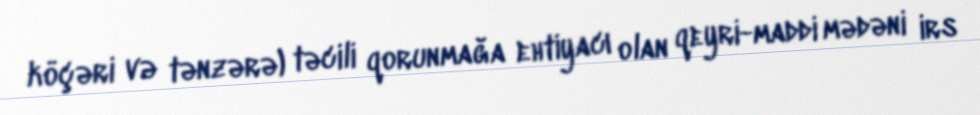
köçəri və tənzərə) təcili qorunmağa ehtiyacı olan qeyri-maddi mədəni irs